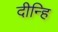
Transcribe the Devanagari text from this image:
दीन्हि